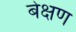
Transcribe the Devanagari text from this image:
बेक्षण